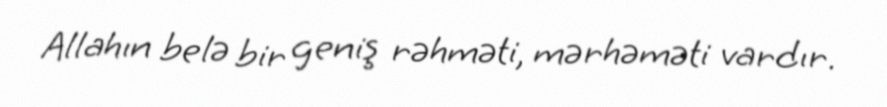
Allahın belə bir geniş rəhməti, mərhəməti vardır.